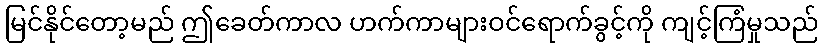
မြင်နိုင်တော့မည် ဤခေတ်ကာလ ဟက်ကာများဝင်ရောက်ခွင့်ကို ကျင့်ကြံမှုသည်